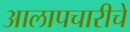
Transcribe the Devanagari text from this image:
आलापचारीचे